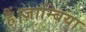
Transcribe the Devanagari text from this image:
हैं।ज़ाम्बिया